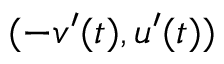
( - v ^ { \prime } ( t ) , u ^ { \prime } ( t ) )